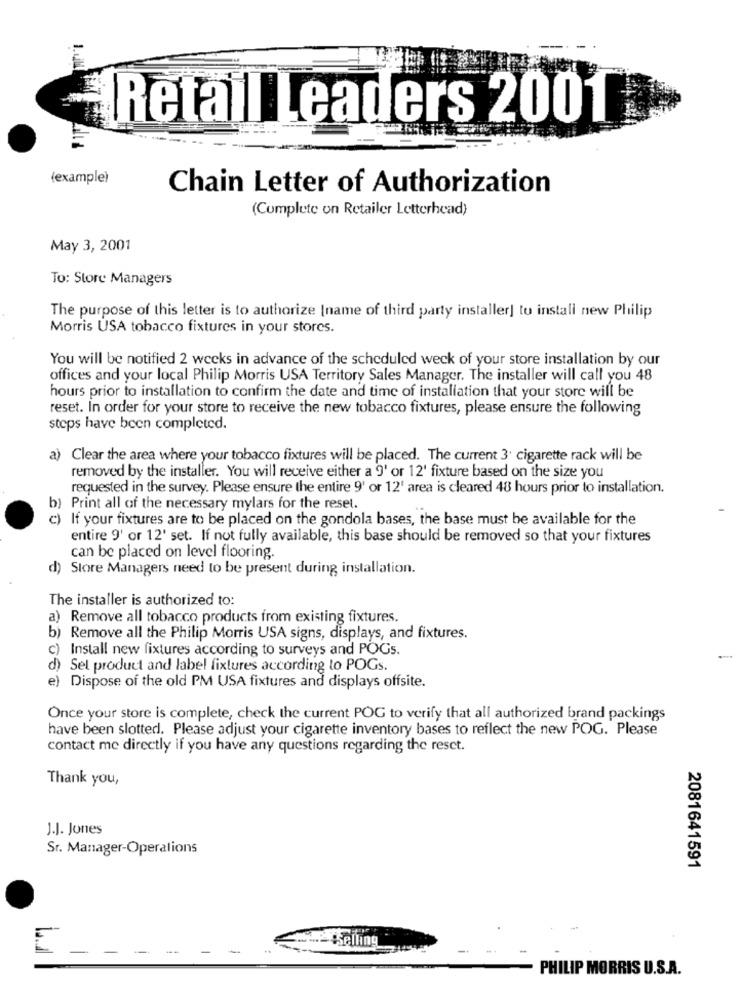
Retail Leaders 2001
(example)
Chain Letter of Authorization
(Complete on Retailer Letterhead)
May 3, 2001
To: Store Managers
The purpose of this letter is to authorize [name of third party installer] to install new Philip
Morris USA tobacco fixtures in your stores.
You will be notified 2 weeks in advance of the scheduled weck of your store installation by our
offices and your local Philip Morris USA Territory Sales Manager. The installer will call you 48
hours prior to installation to confirm the date and time of installation that your store will be
reset. In order for your store to receive the new tobacco fixtures, please ensure the following
steps have been completed.
a) Clear the area where your tobacco fixtures will be placed. The current 3. cigarette rack will be
removed by the installer. You will receive either a 9' or 12' fixture based on the size you
requested in the survey. Please ensure the entire 9' or 12' area is cleared 48 hours prior to installation.
b) Print all of the necessary mylars for the reset.
c) If your fixtures are to be placed on the gondola bases, the base must be available for the
entire 9' or 12' set. If not fully available, this base should be removed so that your fixtures
can be placed on level flooring.
d) Store Managers need to be present during installation.
The installer is authorized to:
a) Remove all tobacco products from existing fixtures.
b) Remove all the Philip Morris USA signs, displays, and fixtures.
c) Install new fixtures according to surveys and POGs.
d) Sel product and label fixtures according to POGs.
e) Dispose of the old PM USA fixtures and displays offsite.
Once your store is complete, check the current POG to verify that all authorized brand packings
have been slotted. Please adjust your cigarette inventory bases to reflect the new POG. Please
contact me directly if you have any questions regarding the reset.
Thank you,
J.J. Jones
Sr. Manager-Operations
2081641591
the @selling
E
PHILIP MORRIS U.S.A.